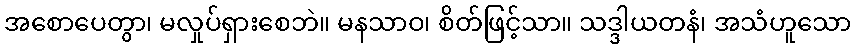
အစောပေတွာ၊ မလှုပ်ရှားစေဘဲ။ မနသာဝ၊ စိတ်ဖြင့်သာ။ သဒ္ဒါယတနံ၊ အသံဟူသော